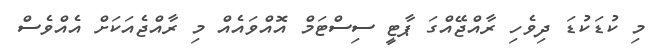
މި ކުޑަކުޑަ ދިވެހި ރާއްޖޭއްގަ ޕާޓީ ސިސްޓަމް އޮއްވައެއް މި ރާއްޖެއަކަށް އެއްވެސް